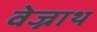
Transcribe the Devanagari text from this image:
वेज्नाथ